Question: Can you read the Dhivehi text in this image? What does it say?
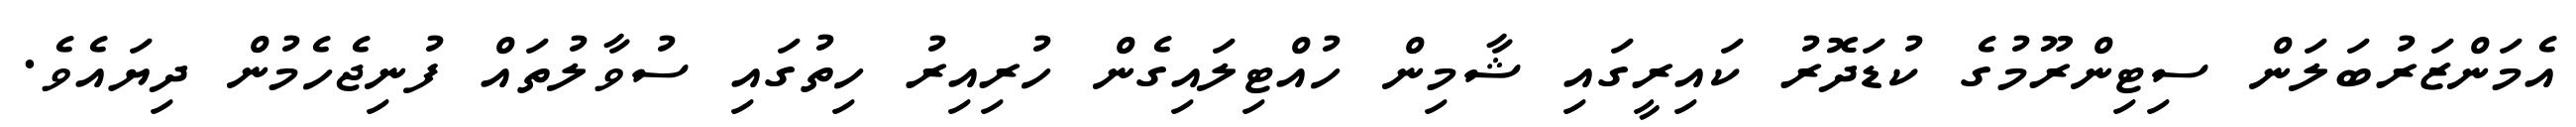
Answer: އެމަންޒަރުބަލަން ސިޓިންރޫމުގެ ކުޑަދޮރު ކައިރީގައި ޝާމިން ހުއްޓިލައިގެން ހުރިއިރު ހިތުގައި ސުވާލުތައް ފުނިޖެހެމުން ދިޔައެވެ.